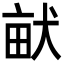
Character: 𤱶